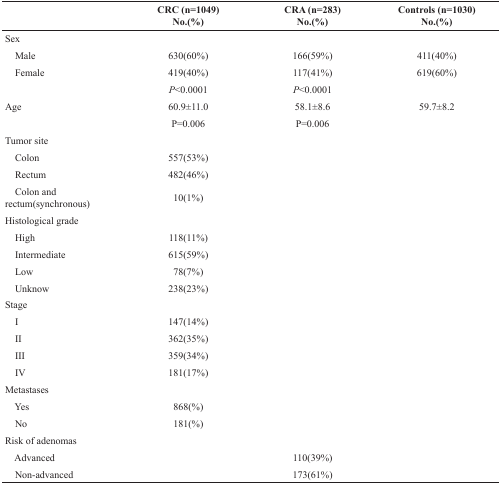
<table><thead><tr><td></td><td><b>CRC (n=1049) No.(%)</b></td><td><b>CRA (n=283) No.(%)</b></td><td><b>Controls (n=1030) No.(%)</b></td></tr></thead><tbody><tr><td>Sex</td><td></td><td></td><td></td></tr><tr><td> Male</td><td>630(60%)</td><td>166(59%)</td><td>411(40%)</td></tr><tr><td> Female</td><td>419(40%)</td><td>117(41%)</td><td>619(60%)</td></tr><tr><td></td><td><i>P</i>&lt;0.0001</td><td><i>P</i>&lt;0.0001</td><td></td></tr><tr><td>Age</td><td>60.9±11.0</td><td>58.1±8.6</td><td>59.7±8.2</td></tr><tr><td></td><td>P=0.006</td><td>P=0.006</td><td></td></tr><tr><td>Tumor site</td><td></td><td></td><td></td></tr><tr><td> Colon</td><td>557(53%)</td><td></td><td></td></tr><tr><td> Rectum</td><td>482(46%)</td><td></td><td></td></tr><tr><td> Colon and rectum(synchronous)</td><td>10(1%)</td><td></td><td></td></tr><tr><td>Histological grade</td><td></td><td></td><td></td></tr><tr><td> High</td><td>118(11%)</td><td></td><td></td></tr><tr><td> Intermediate</td><td>615(59%)</td><td></td><td></td></tr><tr><td> Low</td><td>78(7%)</td><td></td><td></td></tr><tr><td> Unknow</td><td>238(23%)</td><td></td><td></td></tr><tr><td>Stage</td><td></td><td></td><td></td></tr><tr><td> I</td><td>147(14%)</td><td></td><td></td></tr><tr><td> II</td><td>362(35%)</td><td></td><td></td></tr><tr><td> III</td><td>359(34%)</td><td></td><td></td></tr><tr><td> IV</td><td>181(17%)</td><td></td><td></td></tr><tr><td>Metastases</td><td></td><td></td><td></td></tr><tr><td> Yes</td><td>868(%)</td><td></td><td></td></tr><tr><td> No</td><td>181(%)</td><td></td><td></td></tr><tr><td>Risk of adenomas</td><td></td><td></td><td></td></tr><tr><td> Advanced</td><td></td><td>110(39%)</td><td></td></tr><tr><td> Non-advanced</td><td></td><td>173(61%)</td><td></td></tr></tbody></table>